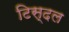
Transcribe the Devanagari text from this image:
टिस्दल